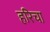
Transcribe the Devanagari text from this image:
हरिचा